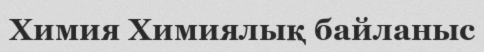
Химия Химиялық байланыс